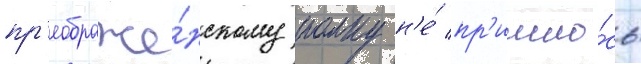
пр'еображе́нскому полку н'е́ пр'ишло́сь